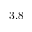
3 . 8